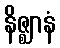
နိဇ္ဈာနံ